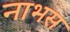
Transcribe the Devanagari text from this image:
नाभस